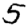
Digit: 5